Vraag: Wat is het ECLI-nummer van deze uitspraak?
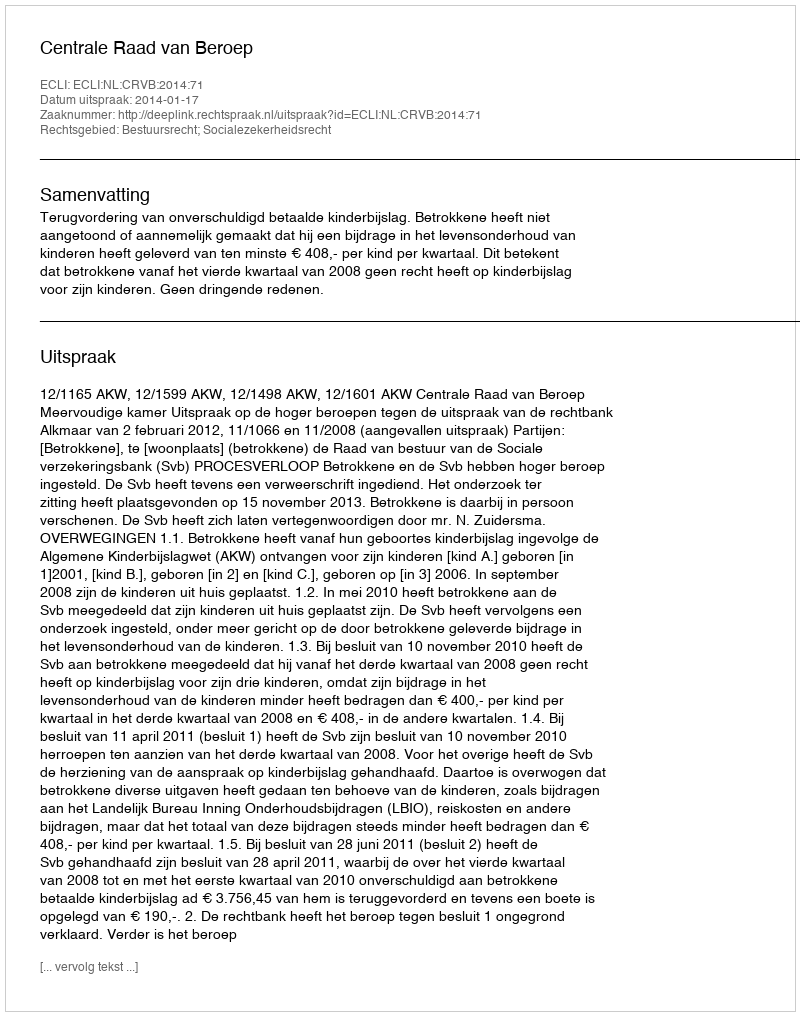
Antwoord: ECLI:NL:CRVB:2014:71